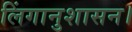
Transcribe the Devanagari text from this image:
लिंगानुशासन।